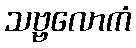
သဗ္ဗလောကံ